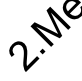
M 2.